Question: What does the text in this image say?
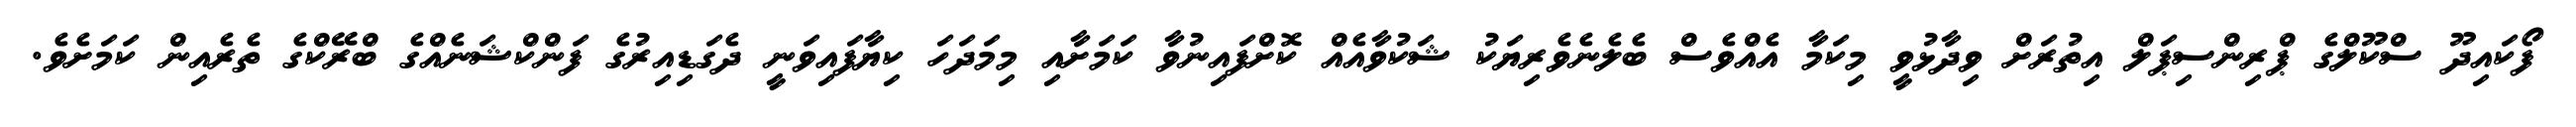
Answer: ފޯކައިދޫ ސްކޫލްގެ ޕްރިންސިޕަލް އިތުރަށް ވިދާޅުވީ މިކަމާ އެއްވެސް ބެލެނެވެރިޔަކު ޝަކުވާއެއް ކޮށްފައިނުވާ ކަމަށާއި މިމަދަހަ ކިޔާފައިވަނީ ދެގަޑިއިރުގެ ފަންކްޝަނެއްގެ ބްރޭކްގެ ތެރެއިން ކަމަށެވެ.